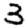
Digit: 3